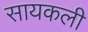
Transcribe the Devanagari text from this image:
सायकली